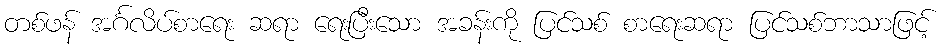
တစ်ဖန် အင်္ဂလိပ်စာရေး ဆရာ ရေးပြီးသော အခန်းကို ပြင်သစ် စာရေးဆရာ ပြင်သစ်ဘာသာဖြင့်